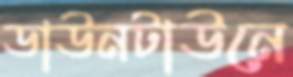
ডাউনটাউনে